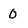
Character: 0